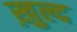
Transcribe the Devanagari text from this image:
ख़ुल्द